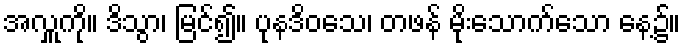
အလှူကို။ ဒိသွာ၊ မြင်၍။ ပုနဒိဝသေ၊ တဖန် မိုးသောက်သော နေ့၌။